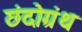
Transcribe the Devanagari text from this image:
छंदोग्रंथ